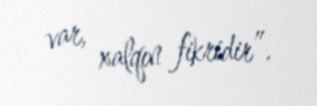
var, xalqın fikridir”.